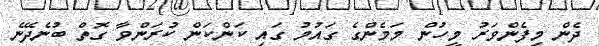
ދެން މިފެންވަރު މީހުން މަމެންގެ ގައުމު ގައި ކަންކަން ކުރަންވާ ގޮތް ބުނެދޭނެ